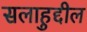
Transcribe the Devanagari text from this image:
सलाहुद्दील